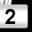
Digit: 2